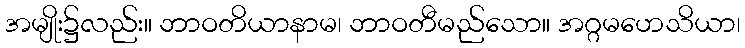
အမျိုး၌လည်း။ ဘာဝတိယာနာမ၊ ဘာဝတီမည်သော။ အဂ္ဂမဟေသိယာ၊